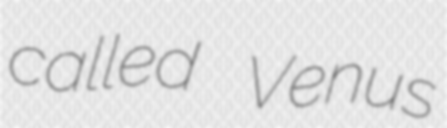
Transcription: called  Venus